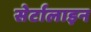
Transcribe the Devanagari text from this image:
सेर्टालाइन